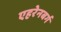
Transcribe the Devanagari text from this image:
एहरेनबर्ग